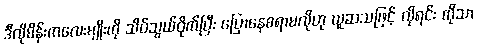
ဒီလိုမိန်းကလေးမျိုးကို သိပ်သွယ်ဝိုက်ပြီး ပြောနေစရာမလိုဟု ယူဆသဖြင့် လိုရင်း ကိုသာ